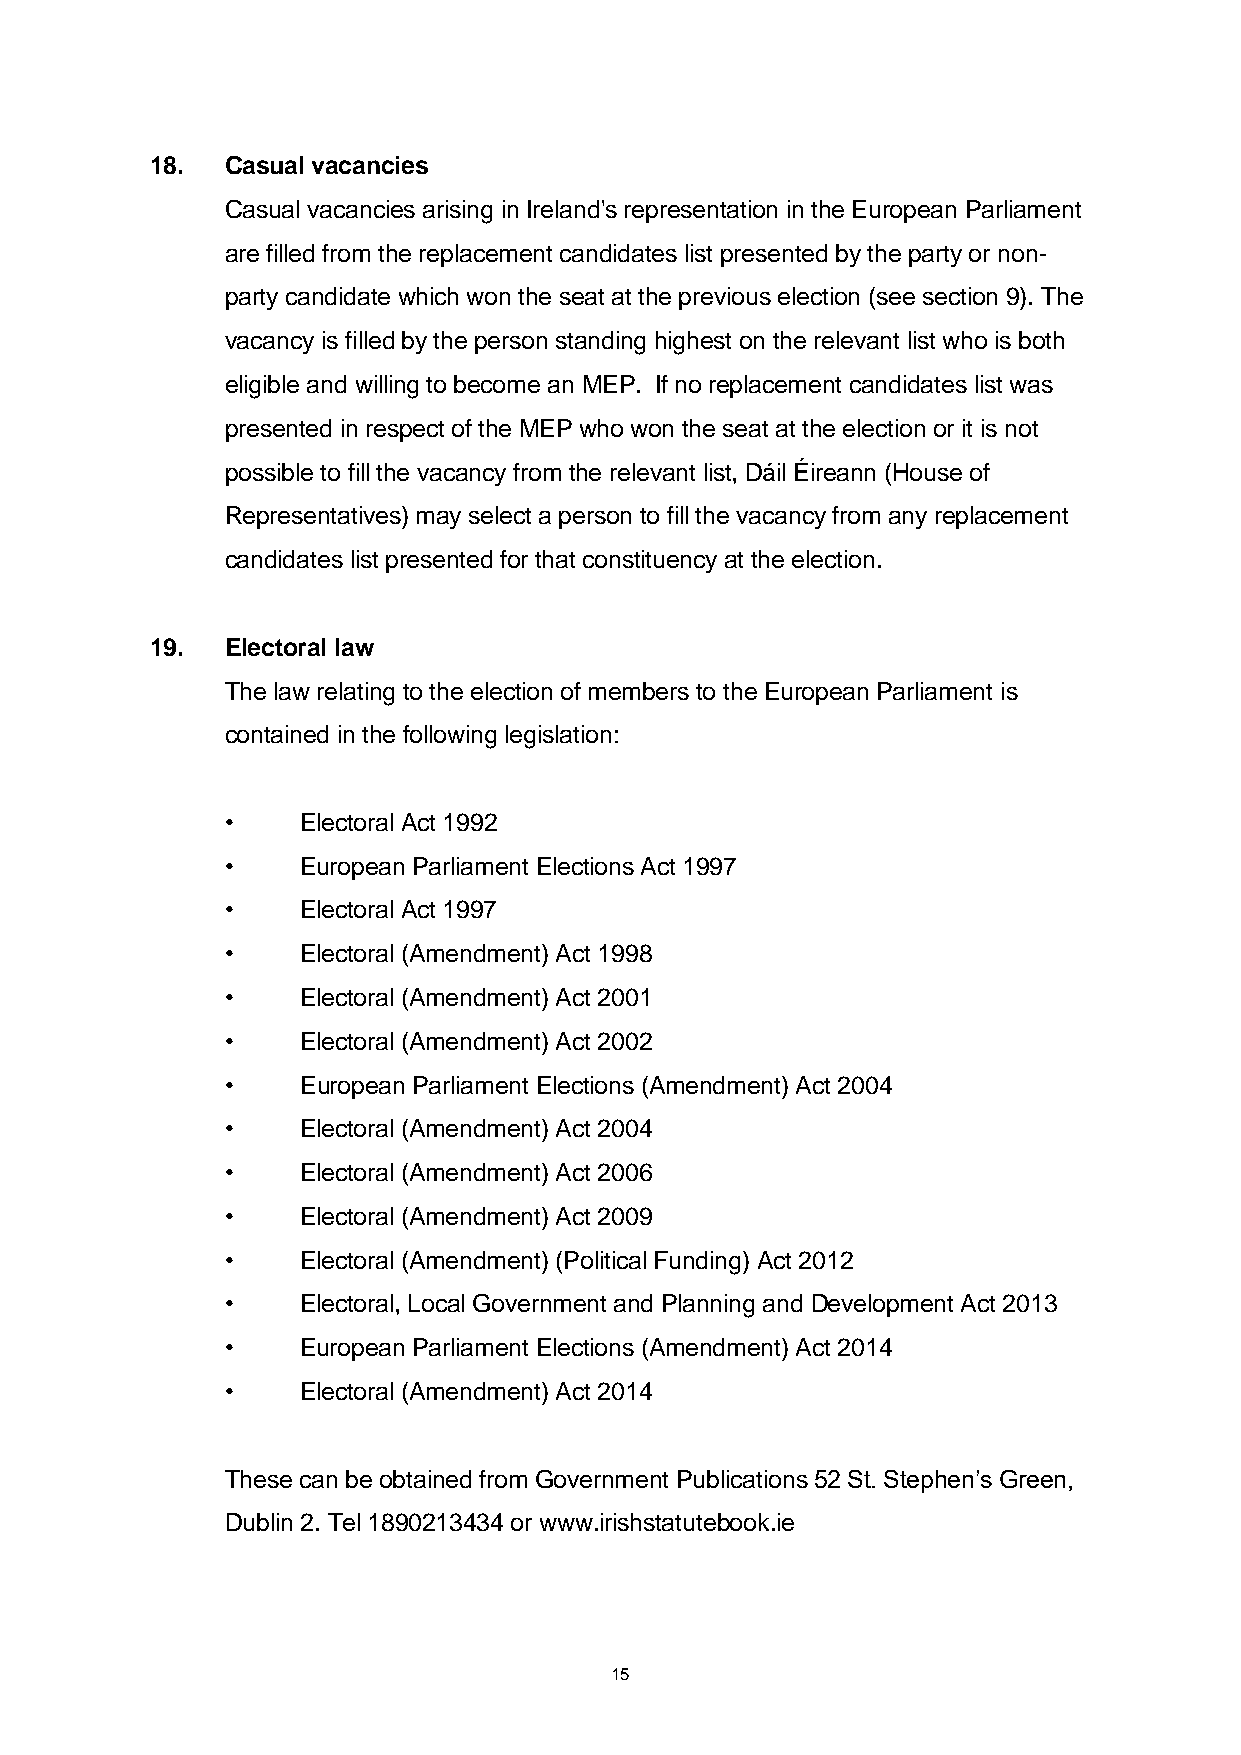
18.  Casual vacancies
 Casual vacancies arising in Ireland's representation in the European Parliament
 are filled from the replacement candidates list presented by the party or non-
 party candidate which won the seat at the previous election (see section 9). The
 vacancy is filled by the person standing highest on the relevant list who is both
 eligible and willing to become an MEP. If no replacement candidates list was
 presented in respect of the MEP who won the seat at the election or it is not
 possible to fill the vacancy from the relevant list, Dáil Éireann (House of
 Representatives) may select a person to fill the vacancy from any replacement
 candidates list presented for that constituency at the election.
 19.  Electoral law
 The law relating to the election of members to the European Parliament is
 contained in the following legislation:
 •    Electoral Act 1992
 •    European Parliament Elections Act 1997
 •    Electoral Act 1997
 •    Electoral (Amendment) Act 1998
 •    Electoral (Amendment) Act 2001
 •    Electoral (Amendment) Act 2002
 •    European Parliament Elections (Amendment) Act 2004
 •    Electoral (Amendment) Act 2004
 •    Electoral (Amendment) Act 2006
 •    Electoral (Amendment) Act 2009
 •    Electoral (Amendment) (Political Funding) Act 2012
 •    Electoral, Local Government and Planning and Development Act 2013
 •    European Parliament Elections (Amendment) Act 2014
 •    Electoral (Amendment) Act 2014
 These can be obtained from Government Publications 52 St. Stephen’s Green,
 Dublin 2. Tel 1890213434 or www.irishstatutebook.ie
 15